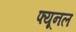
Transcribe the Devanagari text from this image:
फ्यूनल